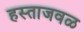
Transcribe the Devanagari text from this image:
हस्ताजवळ